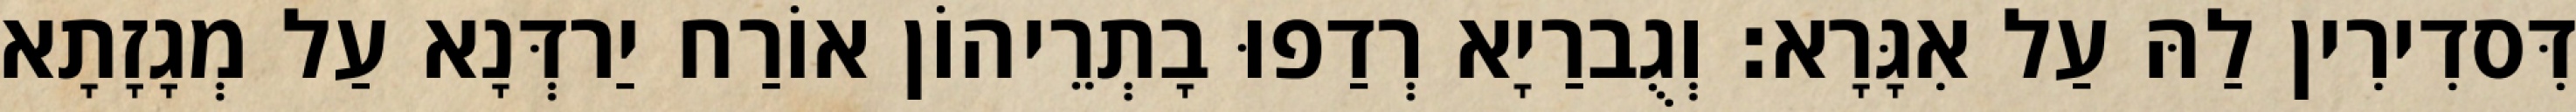
דִּסדִירִין לַהּ עַל אִגָּרָא׃ וְגֻברַיָא רְדַפוּ בָתְרֵיהוֹן אוֹרַח יַרדְּנָא עַל מְגָזָתָא